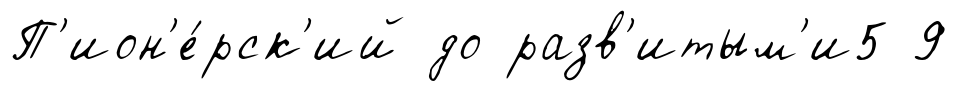
П'ион'е́рск'ий до разв'итым'и5 9